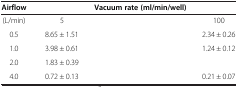
<table><thead><tr><td><b>Airflow</b></td><td colspan="4"><b>Vacuum rate (ml/min/well)</b></td></tr></thead><tbody><tr><td>(L/min)</td><td>5</td><td>[EMPTY_CELL]</td><td>[EMPTY_CELL]</td><td>100</td></tr><tr><td>0.5</td><td>8.65 ± 1.51</td><td>[EMPTY_CELL]</td><td>[EMPTY_CELL]</td><td>2.34 ± 0.26</td></tr><tr><td>1.0</td><td>3.98 ± 0.61</td><td>[EMPTY_CELL]</td><td>[EMPTY_CELL]</td><td>1.24 ± 0.12</td></tr><tr><td>2.0</td><td>1.83 ± 0.39</td><td>[EMPTY_CELL]</td><td>[EMPTY_CELL]</td><td>[EMPTY_CELL]</td></tr><tr><td>4.0</td><td>0.72 ± 0.13</td><td>[EMPTY_CELL]</td><td>[EMPTY_CELL]</td><td>0.21 ± 0.07</td></tr></tbody></table>